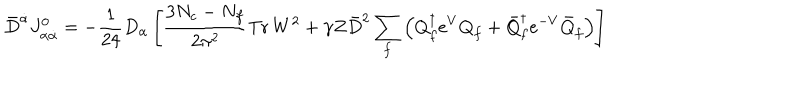
\bar { D } ^ { \dot { \alpha } } J _ { \alpha \dot { \alpha } } ^ { 0 } = - \frac { 1 } { 2 4 } D _ { \alpha } \left[ \frac { 3 N _ { c } - N _ { f } } { 2 \pi ^ { 2 } } \mathrm { T r } \, W ^ { 2 } + \gamma Z \bar { D } ^ { 2 } \sum _ { f } \left( { Q } _ { f } ^ { \dagger } e ^ { V } { Q } _ { f } + \bar { Q } _ { f } ^ { \dagger } e ^ { - V } \bar { Q } _ { f } \right) \right]